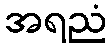
အရညံ